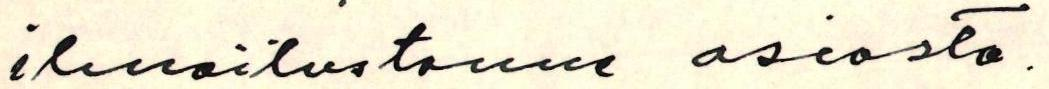
ilmoitustanne asiasta.